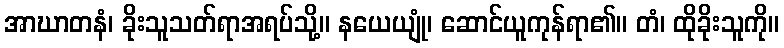
အာဃာတနံ၊ ခိုးသူသတ်ရာအရပ်သို့။ နယေယျုံ၊ ဆောင်ယူကုန်ရာ၏။ တံ၊ ထိုခိုးသူကို။